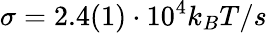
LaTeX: \sigma=2.4(1)\cdot 10^{4}k_{B}T/s